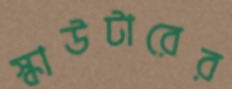
স্কাউটারের